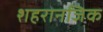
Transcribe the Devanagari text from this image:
शहरानजिक